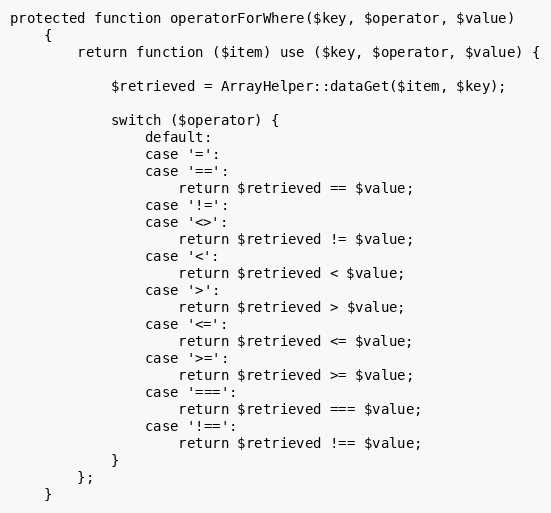
Language: PHP
protected function operatorForWhere($key, $operator, $value)
    {
        return function ($item) use ($key, $operator, $value) {

            $retrieved = ArrayHelper::dataGet($item, $key);

            switch ($operator) {
                default:
                case '=':
                case '==':
                    return $retrieved == $value;
                case '!=':
                case '<>':
                    return $retrieved != $value;
                case '<':
                    return $retrieved < $value;
                case '>':
                    return $retrieved > $value;
                case '<=':
                    return $retrieved <= $value;
                case '>=':
                    return $retrieved >= $value;
                case '===':
                    return $retrieved === $value;
                case '!==':
                    return $retrieved !== $value;
            }
        };
    }